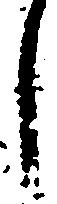
し